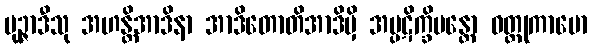
မုဉ္ဇာဒီသု အဟန္တိအာဒိနာ အာဒိတောတိအာဒိမှိ အပ္ပဋိက္ခိပန္တော ဝတ္ထုကာမော